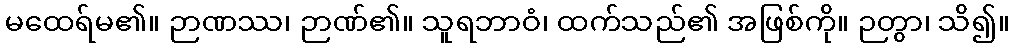
မထေရ်မ၏။ ဉာဏဿ၊ ဉာဏ်၏။ သူရဘာဝံ၊ ထက်သည်၏ အဖြစ်ကို။ ဉတွာ၊ သိ၍။